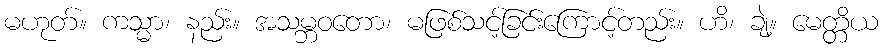
မဟုတ်။ ကသ္မာ၊ နည်း။ အသမ္ဘဝတော၊ မဖြစ်သင့်ခြင်းကြောင့်တည်း။ ဟိ၊ ချဲ့။ မေတ္တိယ